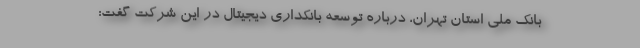
بانک ملی استان تهران، درباره توسعه بانکداری دیجیتال در این شرکت گفت: